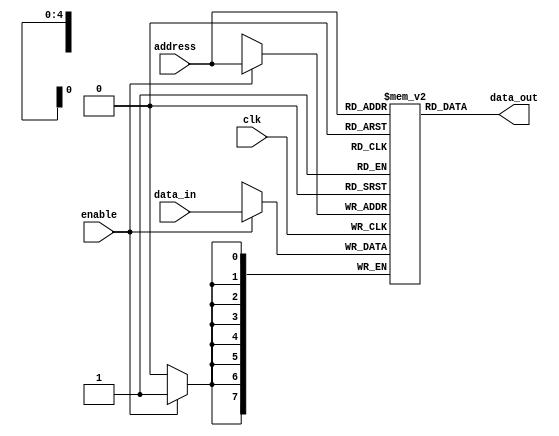
module shiftregs(output reg [7:0] data_out,
                 input [4:0]      address, //# of the register being accessed
                 input [7:0]      data_in, //written data
                 input            enable, //write enable
                 input            clk
                );

    reg [7:0] regfile [0:31]; //contains 32 registers

    always @ (address or data_in or enable or clk) begin
        data_out = regfile[address]; //outputs data from register being accessed
    end

    always @ (negedge clk) begin
        if (enable) begin
            regfile[address] = data_in; //accepts address on negative clock edge
        end
    end

    integer i;
    initial begin //all registers initialized to 0, except $sp
        for (i = 0;i<32;i=i+1)
            regfile[i] = 0;
        regfile[29] = 8'b1111_1111; //$sp initialied to address at top of stack
    end
endmodule

/*module test;
    reg [7:0]  stuff_in;
    wire [7:0] stuff_out;
    reg [7:0]  addr;
    reg        clk, enable;

    shiftregs rFile(stuff_out, addr, stuff_in, enable, clk);

    initial begin
        clk = 0;
        enable = 0;
        addr = 5'b00010;
        $monitor("%b, %d, %b, %b: time: %d",clk, addr, stuff_in, stuff_out, $time);
        #10 enable = 1;
        stuff_in = 8'b1111111;
        #15 enable= 0;

        #20 addr = 5'b00000;
    end

    always
        #1 clk = !clk;

    initial
        #100  $finish;

endmodule*/